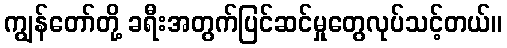
ကျွန်တော်တို့ ခရီးအတွက်ပြင်ဆင်မှုတွေလုပ်သင့်တယ်။